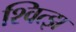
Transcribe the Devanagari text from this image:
श्वित्झ